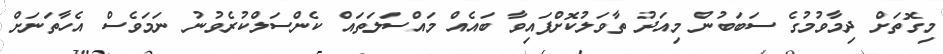
މިގޮތަށް ދިމާވުމުގެ ސަބަބުން މިއަދު ތާވަލުކޮށްފައިވާ ބައެއް މައްސަލަތައް ކެންސަލްކުރެވުނު ނަމަވެސް އެހާތަނަށް